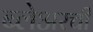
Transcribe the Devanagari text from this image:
ब्लेअरची